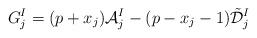
LaTeX: \begin{align*}G_j^I=(p+x_j){\mathcal{A}}^{I }_j-(p-x_j-1)\tilde {\mathcal{D}}_j^{I}\end{align*}